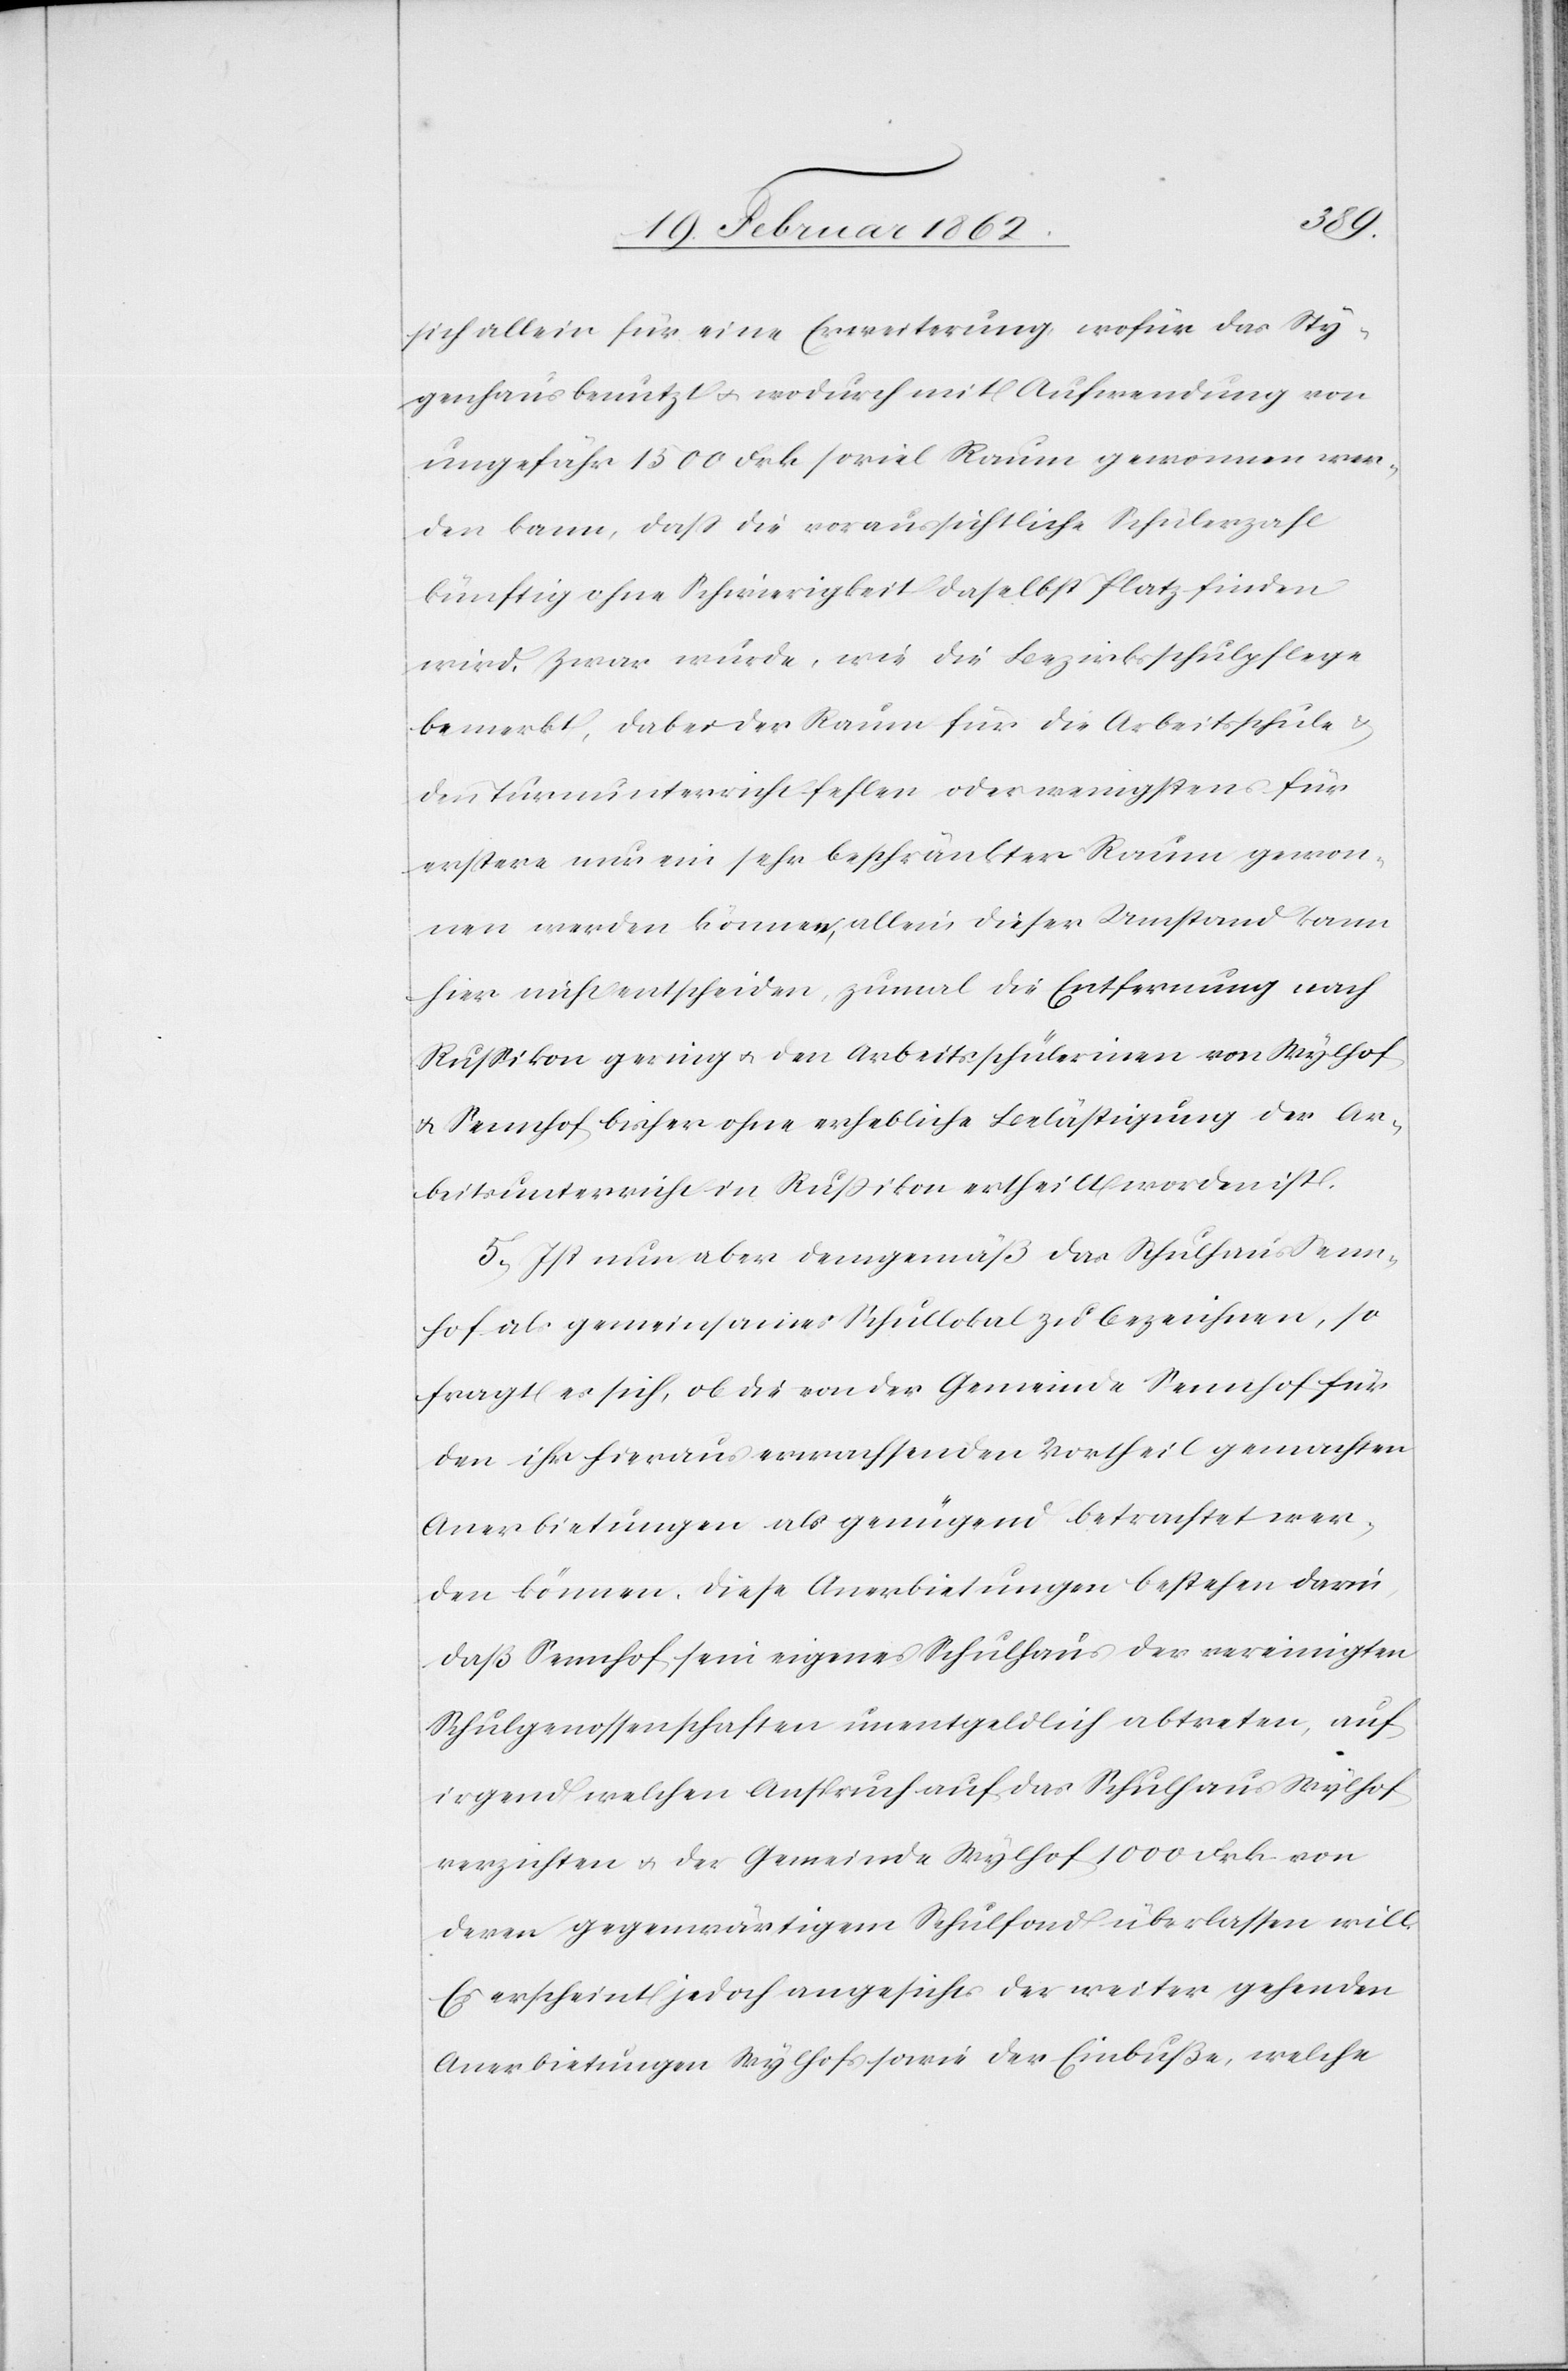
sich allein für eine Erweiterung, wofür das Sty¬
genhaus benutzt u. wodurch mit Aufwendung von
ungefähr 1500 Frk soviel Raum gewonnen wer¬
den kann, daß die voraussichtliche Schülerzahl
künftig ohne Schwierigkeit daselbst Platz finden
wird. Zwar würde, wie die Bezirksschulpflege
bemerkt, dabei der Raum für die Arbeitsschule &
den Turnunterricht fehlen oder wenigstens für
erstere nur ein sehr beschränkter Raum gewon¬
nen werden können; allein dieser Umstand kann
hier nicht entscheiden, zumal die Entfernung nach
Rußikon gering u. den Arbeitsschülerinen von Wylhof
u. Sennhof bisher ohne erhebliche Belästigung der Ar¬
beitsunterricht in Rußikon ertheilt worden ist.
5) Ist nun aber demgemäß das Schulhaus Senn¬
hof als gemeinsames Schullokal zu bezeichnen, so
fragt es sich, ob die von der Gemeinde Sennhof für
den ihr hieraus erwachsenden Vortheil gemachten
Anerbietungen als genügend betrachtet wer¬
den können. Diese Anerbietungen bestehen darin,
daß Sennhof sein eigenes Schulhaus der vereinigten
Schulgenossenschaften [sic!] unentgeldlich abtreten, auf
irgend welchen Anspruch auf das Schulhaus Wylhof
verzichten u. der Gemeinde Wylhof 1000 Frk von
deren gegenwärtigem Schulfond überlassen will.
Es erscheint jedoch angesichts der weiter gehenden
Anerbietungen Wylhofs sowie der Einbuße, welche